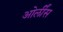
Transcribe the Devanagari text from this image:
ओर्लींस